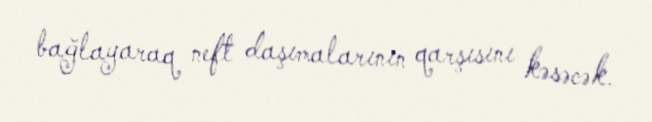
bağlayaraq neft daşımalarının qarşısını kəsəcək.